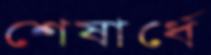
শেষার্ধে